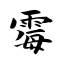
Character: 霉